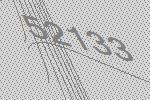
52133